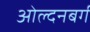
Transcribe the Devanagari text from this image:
ओल्दनबर्ग